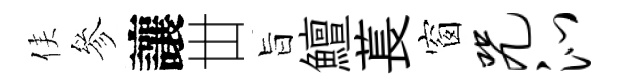
侯參讓丗旨鱣萇窗咒沁